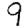
Digit: 9